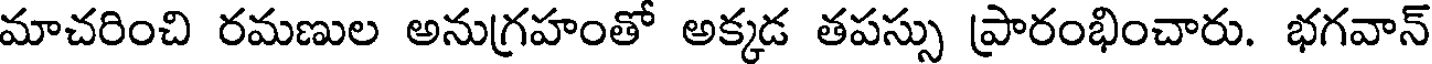
మాచరించి రమణుల అనుగ్రహంతో అక్కడ తపస్సు ప్రారంభించారు. భగవాన్